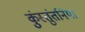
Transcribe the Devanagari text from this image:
कुंस्तुंतनिया